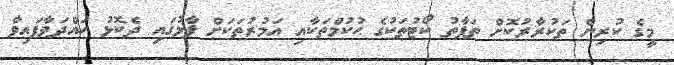
މީގެ ކުރިން ތަކުރާރުކޮށް ތަފާތު ކޯޓުތަކުގެ ޙުކުމްތަކާއި އަމުރުތަކަށް ފާޅުގައި ދެކޮޅު ހައްދަވާފައިވާ